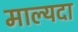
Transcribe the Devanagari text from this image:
माल्यदा